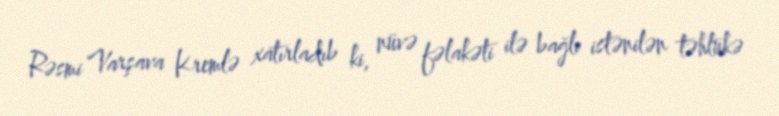
Rəsmi Varşava Kremlə xatırladıb ki, nüvə fəlakəti ilə bağlı istənilən təhlükə